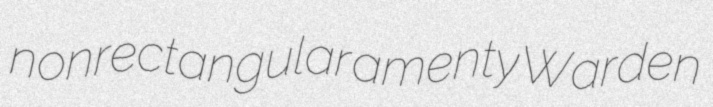
nonrectangular amenty Warden